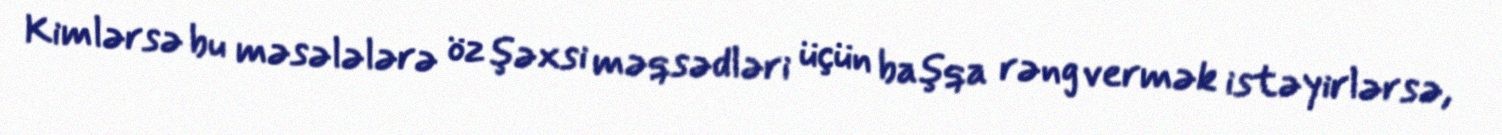
Kimlərsə bu məsələlərə öz şəxsi məqsədləri üçün başqa rəng vermək istəyirlərsə,